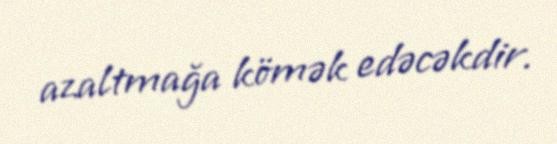
azaltmağa kömək edəcəkdir.